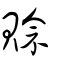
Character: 賒